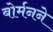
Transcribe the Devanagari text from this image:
बोर्मनने